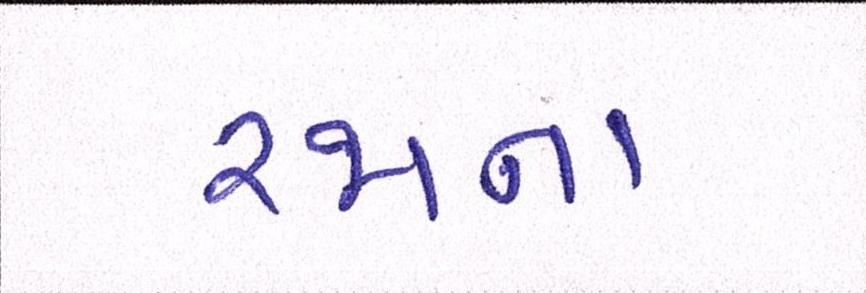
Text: રજાના